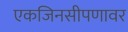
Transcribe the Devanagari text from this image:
एकजिनसीपणावर